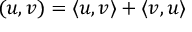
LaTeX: ( u , v ) = \langle u , v \rangle + \langle v , u \rangle